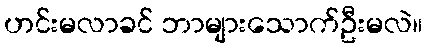
ဟင်းမလာခင် ဘာများသောက်ဦးမလဲ။